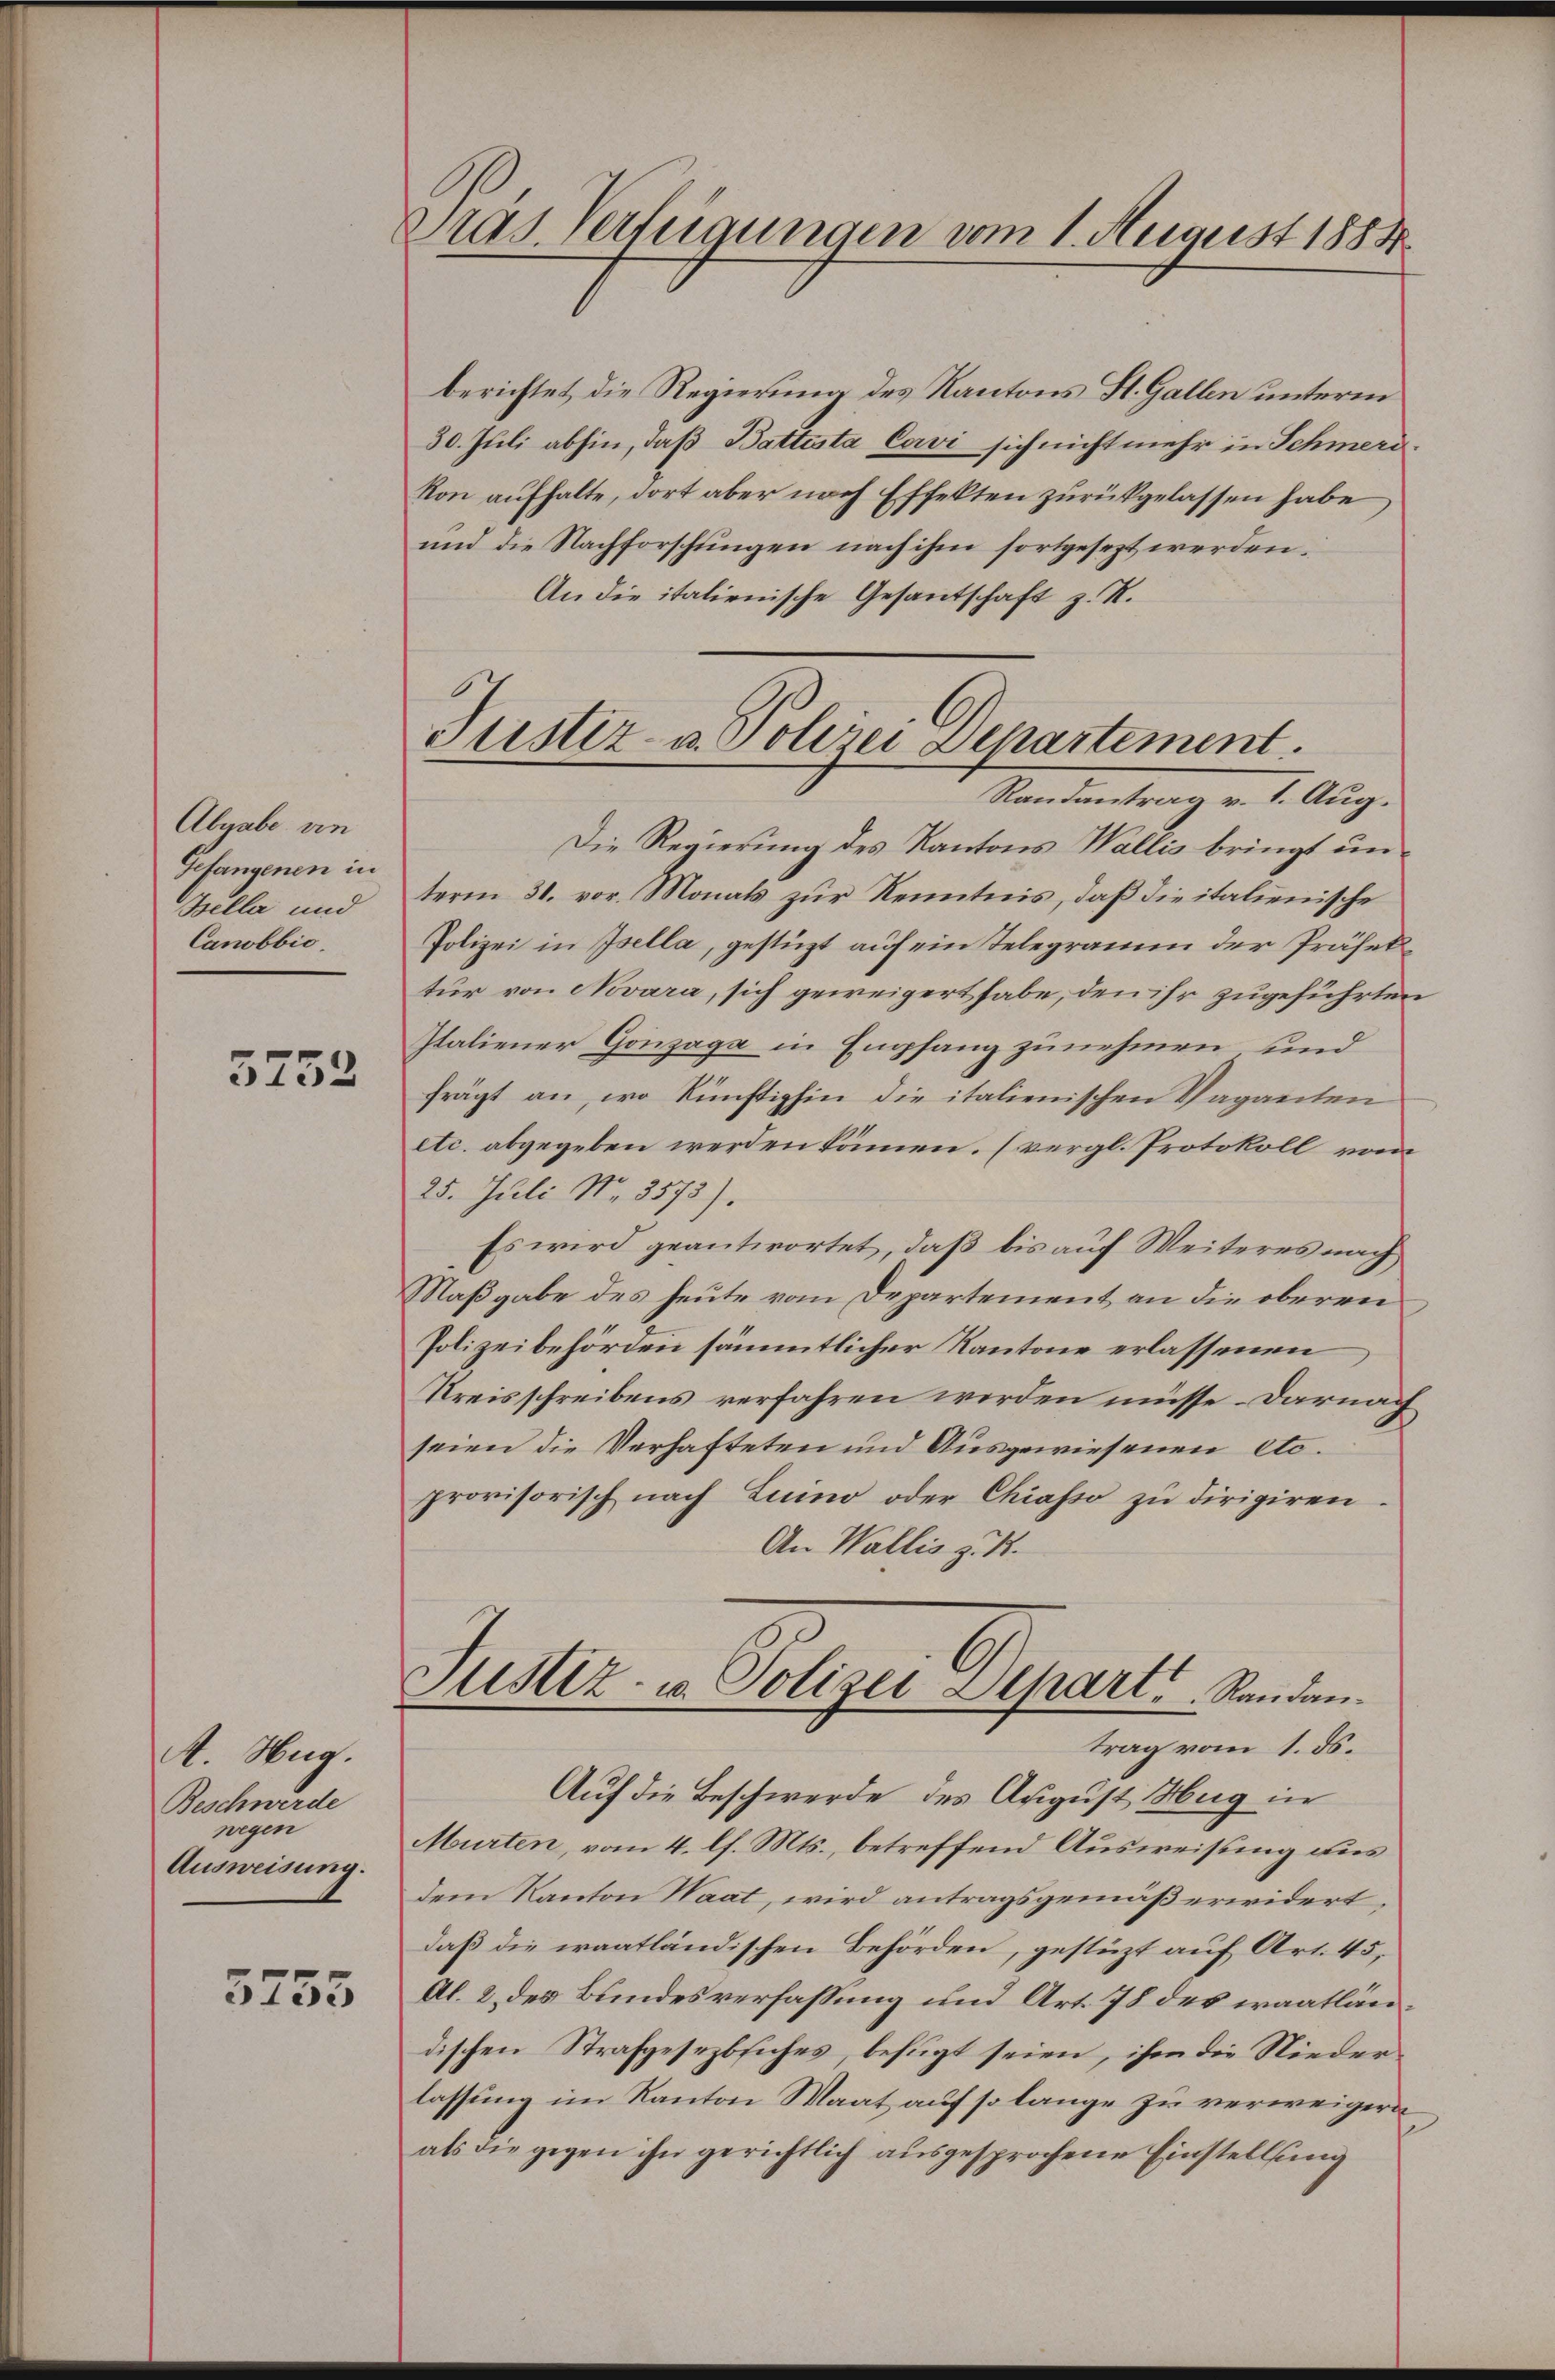
Abgabe an
Gefangenen in
Zilla und
Canobbio

5752

A. Hug.
Beschwerde
wegen
Ausweisung.

3755

Präs. Verfügungen vom 1. August 1884

berichtet die Regierung des Kantons St. Gallen unterm
30. Juli abhin, daß Battesta Cavi sich nicht mehr in Schmerikon aufhalte, dort aber nach Effekten zurückgelassen habe
und die Nachforschlingen nach ihm fortgesezt werden.
An die italienische Gesantschaft z. R.

Justiz- u. Polizei Departement.
Randantrag v. 1. Aug.

Die Regierung des Kantons Wallis bringt un
term 31. vor. Monats zur Kenntnis, daß die italienische
Polizei in Isella, gestüzt auf ein Telegramm der Präsektur von Novara, sich geweigert habe, den ihr zugeführten
Italiener Gonzage in Empfang zunehmen und
frägt an, wo künftighin die italienischen Vaganten
etc. abgegeben werden können. (vergl. Protokoll vom
25. Juli No. 3573).
Es wird geantwortet, daß bis auf Weiteres nach
Maßgabe des heute vom Departement an die oberen
Polizeibehörden sämmtlicher Kantone erlassenen
Kreisschreibens verfahren werden müsse. Darnach
seien die Verhafteten und Ausgewiesenen etc.
provisorisch nach Luino oder Chiasso zu dirigiren¬
An Wallis z. R.
Justiz- u. Polizei-Separt. Randantrag vom 1. ds.
Auf die Beschwerde des August Hug in
Murten, vom 4. lh. Mts., betreffend Ausweisung aus
dem Kanton Haat, wird antragsgemäß erwidert,
daß die waatländischen Behörden, gestüzt auf Art. 45,
Al. 2 des Bundesverfassung und Art. 78 des waatlän
dischen Strafgesezbsiches, befugt seien, ihm die Niederlassung im Kanton Maat auf so lange zu verweigern
als die gegen ihn gerichtlich ausgesprochene Einstellung